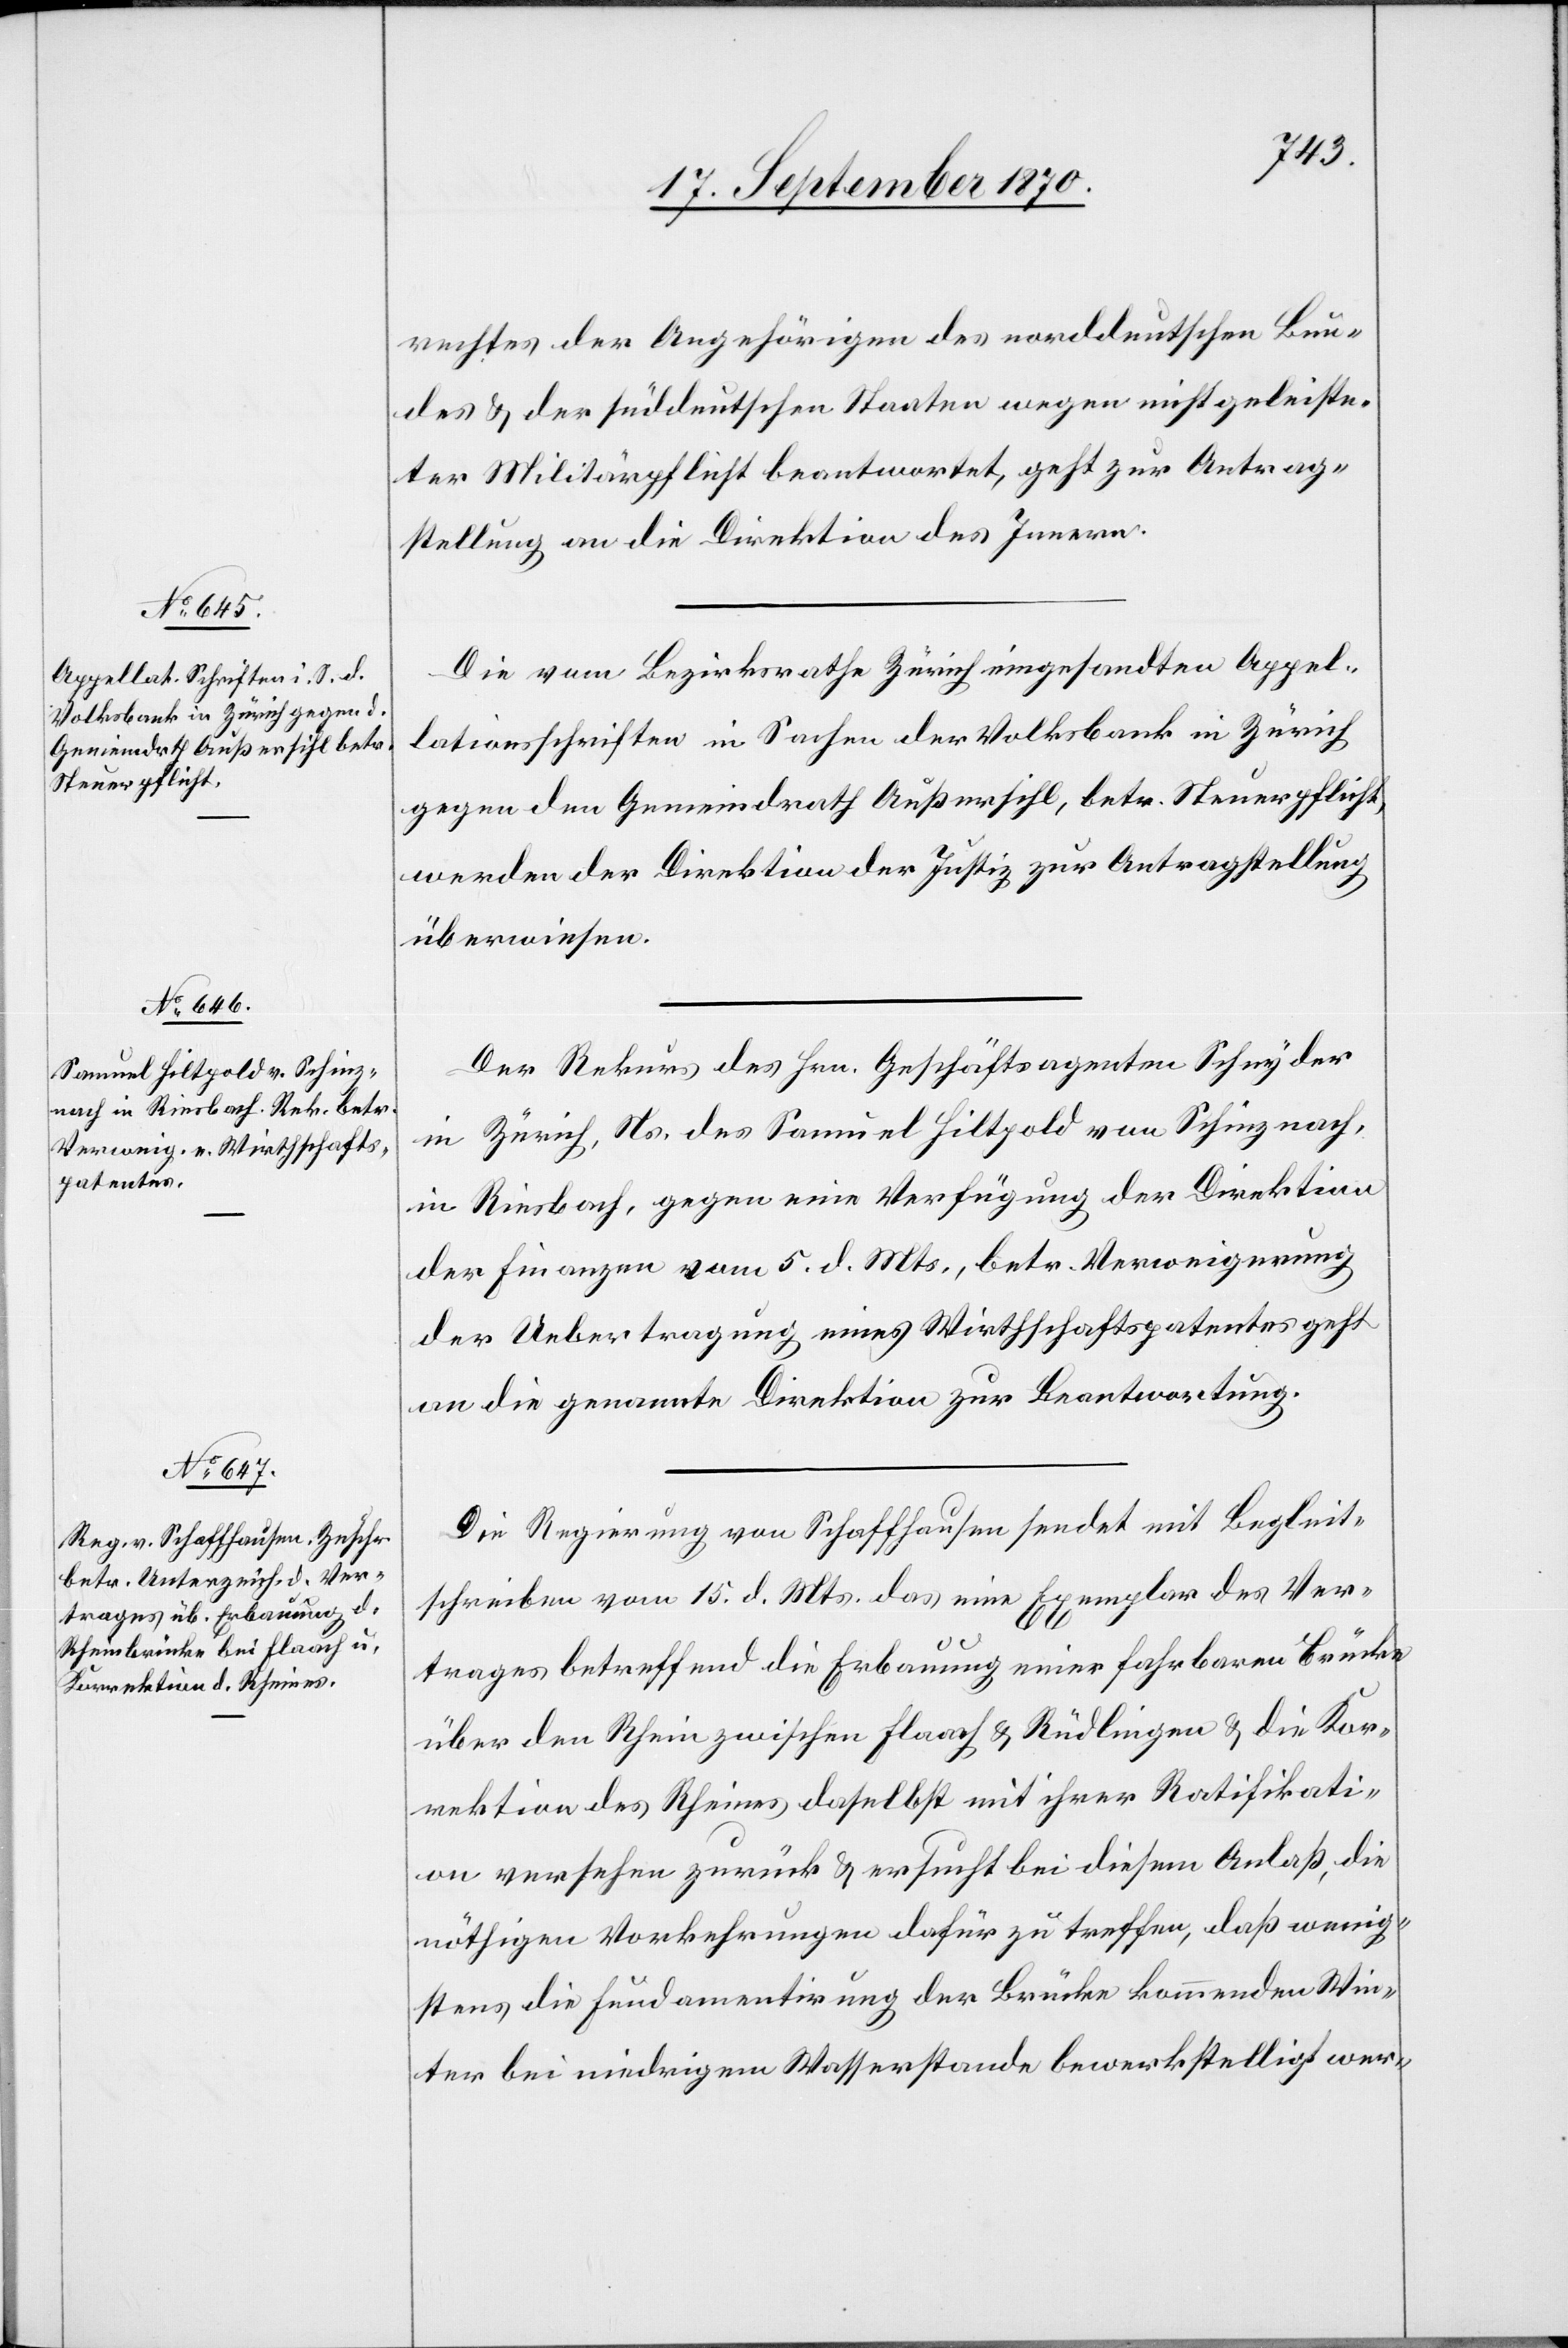
18. September 1870.]
rechtes der Angehörigen des norddeutschen Bun¬
des & der süddeutschen Staaten wegen nicht geleiste¬
ter Militärpflicht beantwortet, geht zur Antrag¬
stellung an die Direktion des Innern.
Die vom Bezirksrathe Zürich eingesandten Appel¬
lationsschriften in Sachen der Volksbank in Zürich
gegen den Gemeindrath Außersihl, betr. Steuerpflicht
werden der Direktion der Justiz zur Antragstellung
überwiesen.
Der Rekurs des Hrn. Geschäftsagenten Schnyder
in Zürich, Ns. des Samuel Hiltpold von Schinznach,
in Riesbach, gegen eine Verfügung der Direktion
der Finanzen vom 5. d. Mts., betr. Verweigerung
der Uebertragung eines Wirthschaftspatentes geht
an die genannte Direktion zur Beantwortung.
Die Regierung von Schaffhausen sendet mit Begleit¬
schreiben vom 15. d. Mts. das eine Exemplar des Ver¬
trages betreffend die Erbauung einer fahrbaren Brücke
über den Rhein zwischen Flaach & Rüdlingen & die Kor¬
rektion des Rheines daselbst mit ihrer Ratifikati¬
on versehen zurück & ersucht bei diesem Anlaß, die
nöthigen Vorkehrungen dafür zu treffen, daß wenig¬
stens die Fundamentirung der Brücke kommenden Win¬
ter bei niedrigem Wasserstande bewerkstelligt wer-